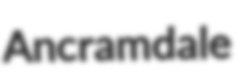
Ancramdale